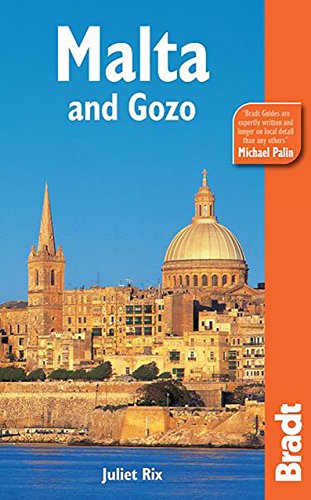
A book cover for Malta (Bradt Travel Guide Malta); Juliet Rix; Travel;